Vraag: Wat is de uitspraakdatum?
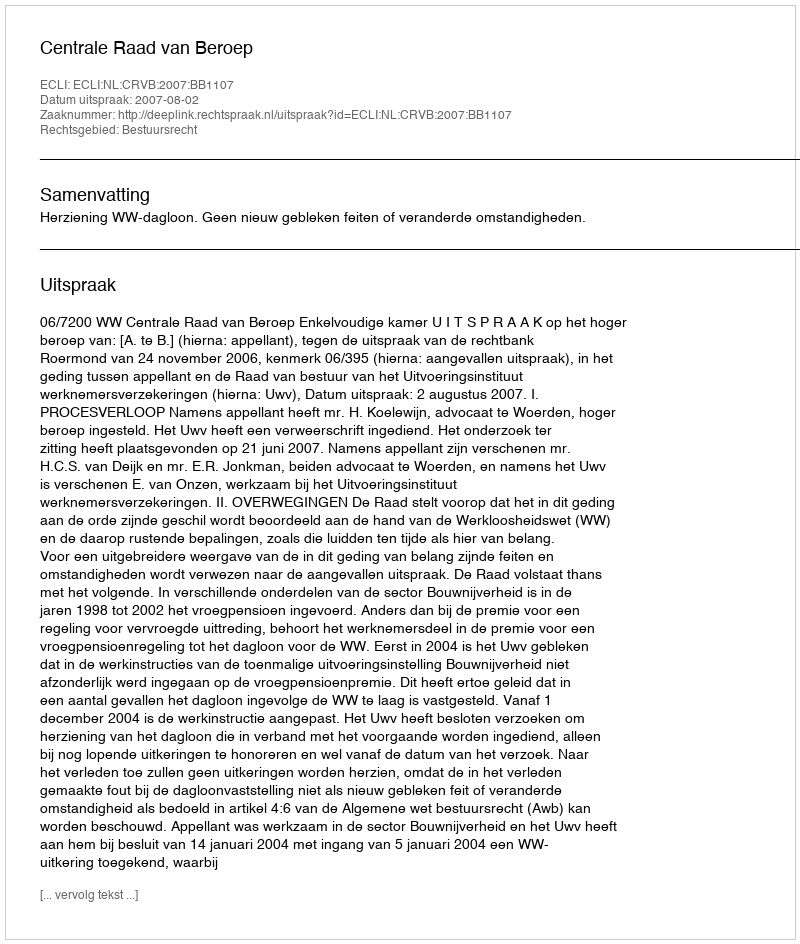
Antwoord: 2007-08-02